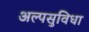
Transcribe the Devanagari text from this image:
अल्पसुविधा